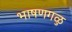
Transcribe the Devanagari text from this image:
भाषणगळु